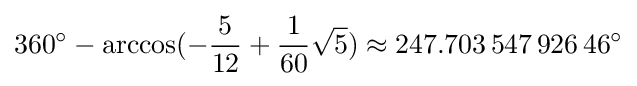
360^{\circ }-\arccos(-{\frac {5}{12}}+{\frac {1}{60}}{\sqrt {5}})\approx 247.703\,547\,926\,46^{\circ }